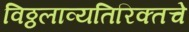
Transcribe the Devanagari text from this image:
विठ्ठलाव्यतिरिक्तचे